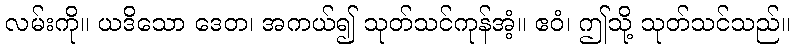
လမ်းကို။ ယဒိသော ဒေတ၊ အကယ်၍ သုတ်သင်ကုန်အံ့။ ဧဝံ၊ ဤသို့ သုတ်သင်သည်။